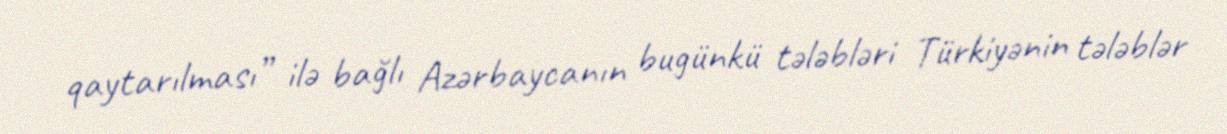
qaytarılması” ilə bağlı Azərbaycanın bugünkü tələbləri Türkiyənin tələblər